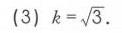
(3) \(k = \sqrt{3}\).